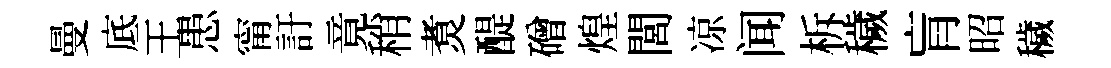
曼底王患甯訏竟稍煑醍磳煌閭凉闻柝穢肓昭穢